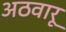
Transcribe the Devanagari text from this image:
अठवारू